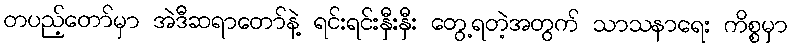
တပည့်တော်မှာ အဲဒီဆရာတော်နဲ့ ရင်းရင်းနှီးနှီး တွေ့ရတဲ့အတွက် သာသနာရေး ကိစ္စမှာ